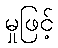
မှုဖြင့်